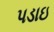
પડાઇ